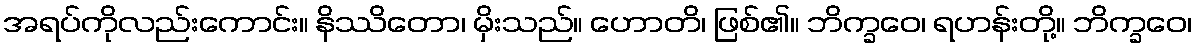
အရပ်ကိုလည်းကောင်း။ နိဿိတော၊ မှိးသည်။ ဟောတိ၊ ဖြစ်၏။ ဘိက္ခဝေ၊ ရဟန်းတို့။ ဘိက္ခဝေ၊